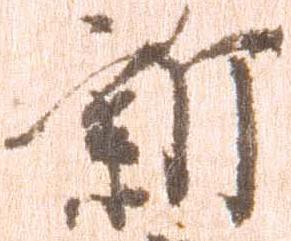
新